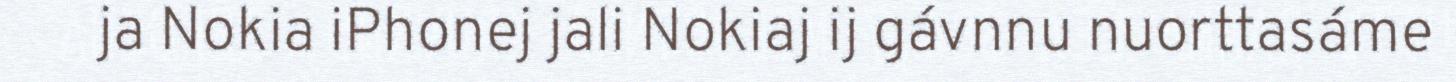
ja Nokia iPhonej jali Nokiaj ij gávnnu nuorttasáme